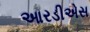
આરડીએસ